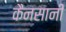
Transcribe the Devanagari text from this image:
कैनसानी